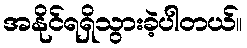
အနိုင်ရရှိသွားခဲ့ပါတယ်။